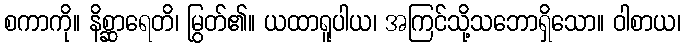
စကာကို။ နိစ္ဆာရေတိ၊ မြွတ်၏။ ယထာရူပါယ၊ အကြင်သို့သဘောရှိသော။ ဝါစာယ၊